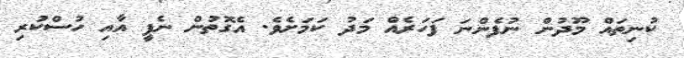
ކުނިތައް މޫދުން ނުފެންނަ ފަހަރެއް މަދު ކަމަށެވެ. އެގޮތުން ނެޕީ އާއި ހުސްކުރި